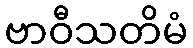
ဗာဝီသတိမံ